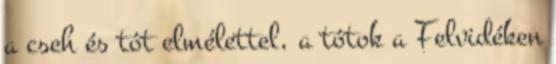
a cseh és tót elmélettel, a tótok a Felvidéken